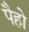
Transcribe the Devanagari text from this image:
पैहो